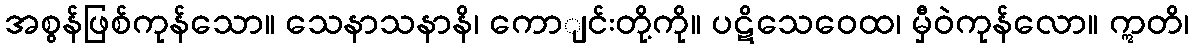
အစွန်ဖြစ်ကုန်သော။ သေနာသနာနိ၊ ကောျင်းတို့ကို။ ပဋိသေဝေထ၊ မှီဝဲကုန်လော။ ဣတိ၊